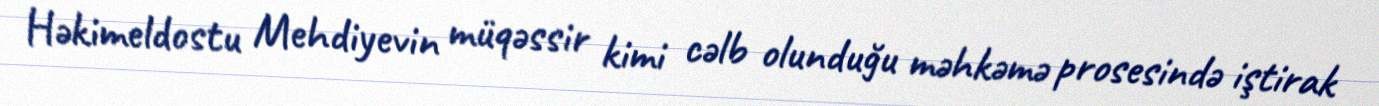
Həkimeldostu Mehdiyevin müqəssir kimi cəlb olunduğu məhkəmə prosesində iştirak